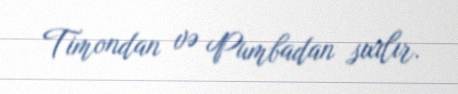
Timondan və Pumbadan sıxılır.